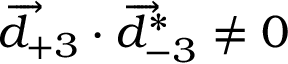
\overrightarrow { d } _ { + 3 } \cdot \overrightarrow { d } _ { - 3 } ^ { * } \neq 0